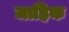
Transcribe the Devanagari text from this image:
जाहिक